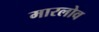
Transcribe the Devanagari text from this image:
मारलोव